Leaving Certificate, 1900
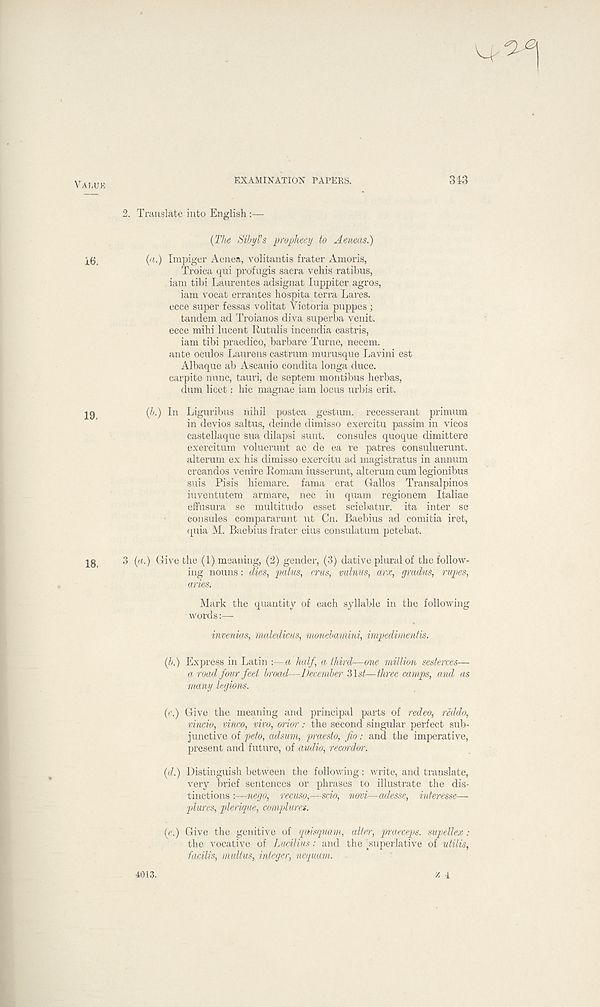
VAMJK
EXAMINATION PAPERS.
343
2. Translate into English —
(The Sibyl's prophecy to Aeneas.)
(a.) Impiger Aenea, volitantis frater Amoris,
Troica qui profugis sacra vehis ratibus,
iam tibi Laurentes adsignat luppiter agros,
iam vocat errantes hospita terra Lares,
ecce super fessas volitat Victoria puppes ;
tandem ad Troianos diva superba venit.
ecce mihi lucent Rutulis incendia castris,
iam tibi praedico, barbare Turne, necem.
ante oculos Laurens castrum murusque Lavini est
Albaque ab AsCanio condita longa duce.
carpite nunc, tauri, de septem montibus herbas,
dum licet: hie magnae iam locus urbis erit.
29
(b.) In Liguribus nihil postea gestum. recesserant primum
in devios saltus, deinde dimisso exercitu passim in vicos
castellaque sua dilapsi sunt, consules quoque dimittere
exercitum voluerunt ac de ea re patres consuluerunt.
alterum ex his dimisso exercitu ad magistratus in annum
creandos venire Romam iusserunt, alterum cum legionibus
suis Pisis hiemare. fama erat Gallos Transalpinos
iuventutem armare, nec in quam regionem Italiae
effusura se multitudo esset sciebatur. ita inter se
consules compararunt ut Cn. Baebius ad comitia iret,
quia M. Baebius frater eius consulatum petebat.
3 (a.) Give the (1) meaning, (2) gender, (3) dative plural of the follow-
ing nouns: dies, palus, crus, minus, arx, gradus, rupes,
aries.
Mark the quantity of each syllable in the following
words:—
invenias, maledicus, monebamini, impedimentis.
(b.) Express in Latin:—a half, a third—one million sesterces—
a road four feet broad—December 31 si—three camps, and as
many legions.
(c.) Give the meaning and principal parts of redeo, reddo,
vincio, vinco, vivo, orior : the second singular perfect sub-
junctive of peto, adsum, praesto, jio: and the imperative,
present and future, of audio, recordor.
(d.) Distinguish between the following: write, and translate,
very brief sentences or phrases to illustrate the dis-
tinctions :—nego, reemo,—scio, novi—adesse, interesse—
plures, plerique, complures.
(e.) Give the genitive of qmsquam, alter, praeceps. supellex :
the vocative of Lucilius: and the ^superlative of utilis,
facilis, multus, integer, nequam. ■
4013.